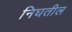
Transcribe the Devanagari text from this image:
निघतील